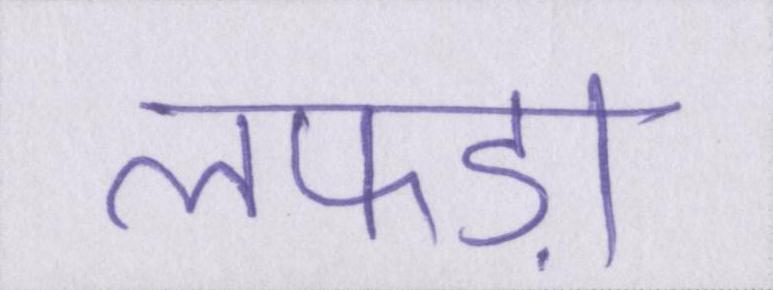
लफड़ा